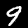
Digit: 9